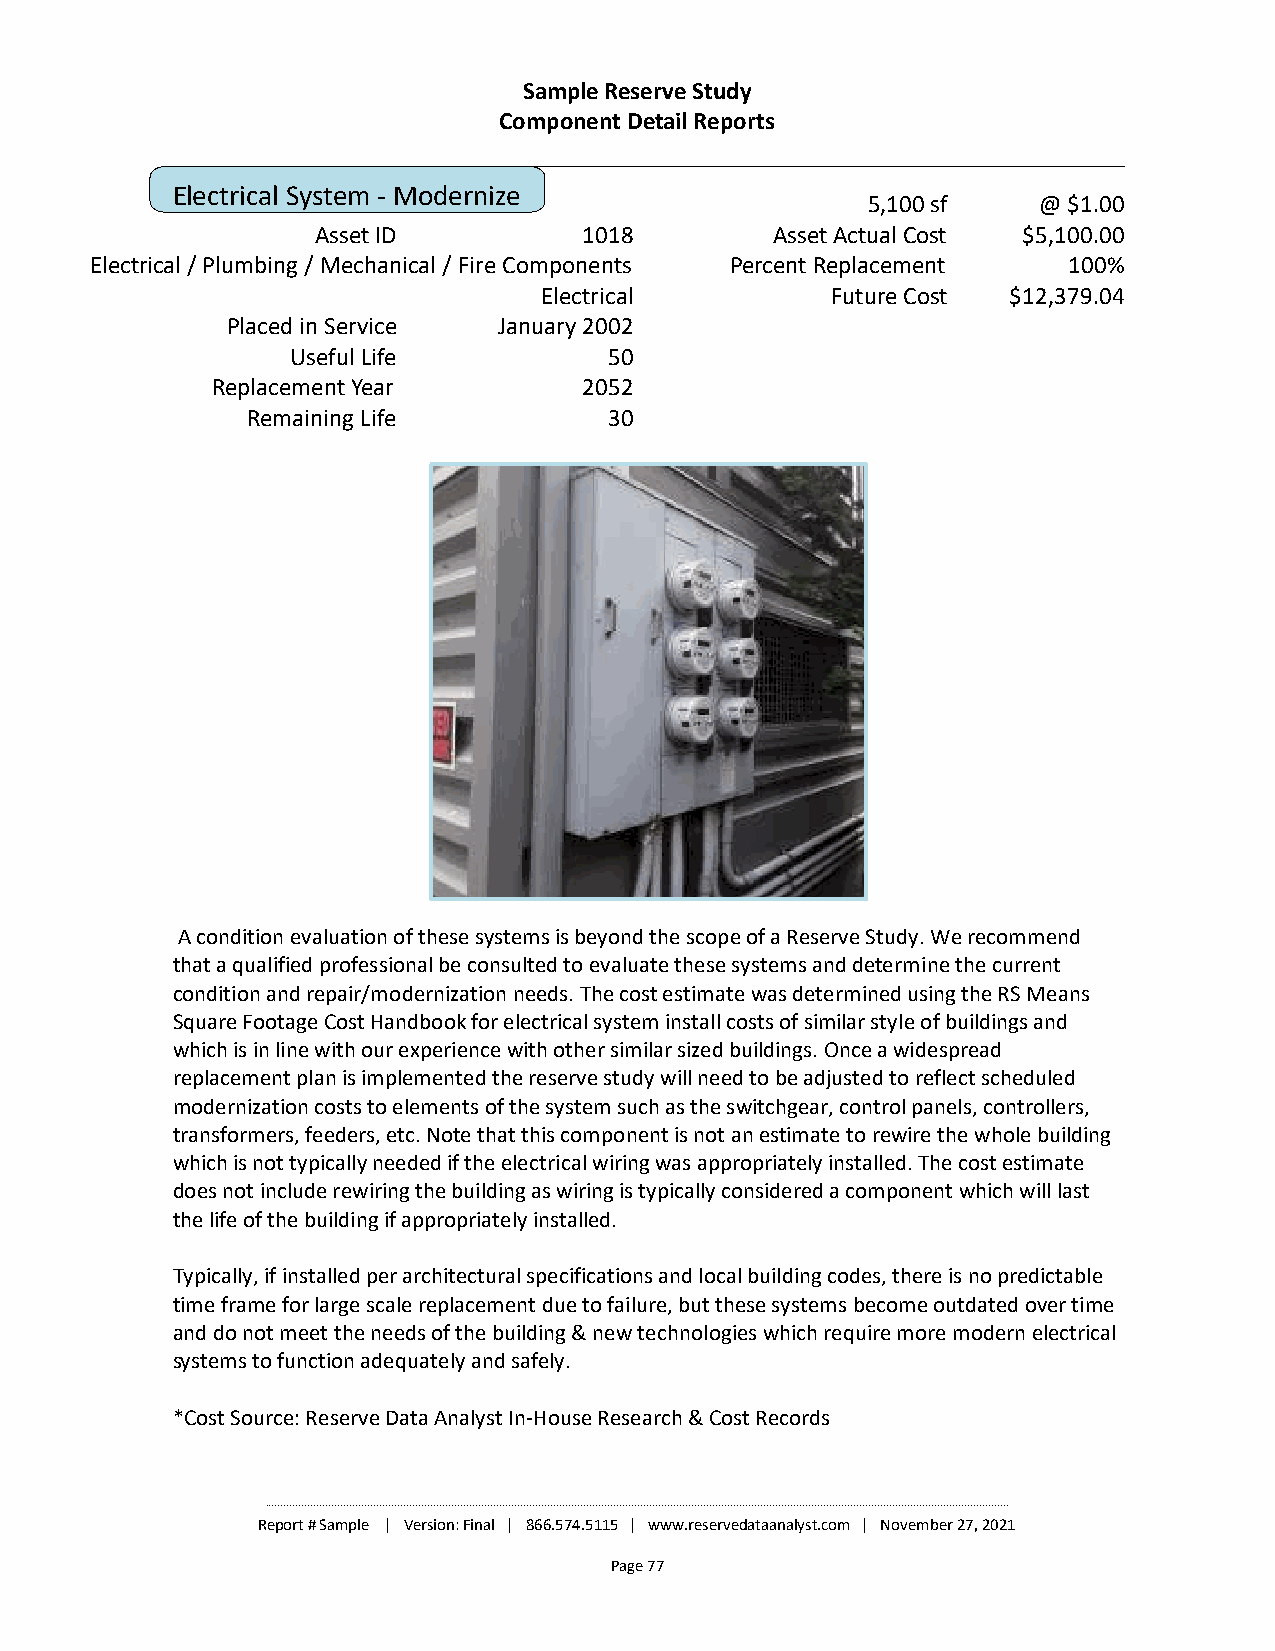
Sample Reserve Study
 Component Detail Reports
 Electrical System - Modernize
 5,100 sf    @ $1.00
 Asset ID          1018        Asset Actual Cost $5,100.00
 Electrical / Plumbing / Mechanical / Fire Components Percent Replacement 100%
 Electrical         Future Cost $12,379.04
 Placed in Service January 2002
 Useful Life          50
 Replacement Year         2052
 Remaining Life          30
 A condition evaluation of these systems is beyond the scope of a Reserve Study. We recommend
 that a qualified professional be consulted to evaluate these systems and determine the current
 condition and repair/modernization needs. The cost estimate was determined using the RS Means
 Square Footage Cost Handbook for electrical system install costs of similar style of buildings and
 which is in line with our experience with other similar sized buildings. Once a widespread
 replacement plan is implemented the reserve study will need to be adjusted to reflect scheduled
 modernization costs to elements of the system such as the switchgear, control panels, controllers,
 transformers, feeders, etc. Note that this component is not an estimate to rewire the whole building
 which is not typically needed if the electrical wiring was appropriately installed. The cost estimate
 does not include rewiring the building as wiring is typically considered a component which will last
 the life of the building if appropriately installed.
 Typically, if installed per architectural specifications and local building codes, there is no predictable
 time frame for large scale replacement due to failure, but these systems become outdated over time
 and do not meet the needs of the building & new technologies which require more modern electrical
 systems to function adequately and safely.
 *Cost Source: Reserve Data Analyst In-House Research & Cost Records
 ________________________________________________________________________________________________________________________________________________________________________________________________________________________________________________________
 Report # Sample | Version: Final | 866.574.5115 | www.reservedataanalyst.com | November 27, 2021
 Page 77